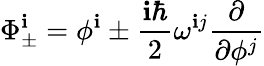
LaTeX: \Phi_{\pm}^{\mathbf{i}}=\phi^{\mathbf{i}}\pm\frac{{\mathbf{i}\hbar}}{{2}}\omega^{\mathbf{i}j}\frac{{\partial}}{{\partial\phi^{j}}}